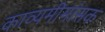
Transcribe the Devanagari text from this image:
काव्यमीमांसक